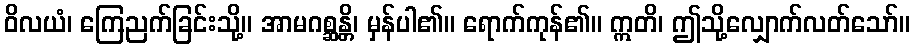
ဝိလယံ၊ ကြေညက်ခြင်းသို့။ အာမဂစ္ဆန္တိ၊ မှန်ပါ၏။ ရောက်ကုန်၏။ ဣတိ၊ ဤသို့လျှောက်လတ်သော်။